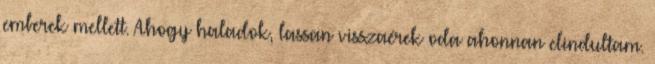
emberek mellett. Ahogy haladok, lassan visszaérek oda ahonnan elindultam.